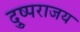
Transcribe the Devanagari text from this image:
दु्ष्पराजय